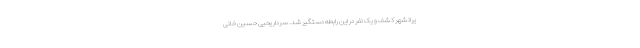
یرانشهر کشف و یک نفر در این رابطه دستگیر شد. سردار یحیی حسین خانی